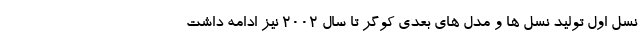
نسل اول تولید نسل ها و مدل های بعدی کوگر تا سال 2002 نیز ادامه داشت